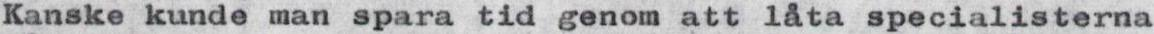
Kanske kunde man spara tid genom att låta specialisterna